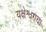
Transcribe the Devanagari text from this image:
यक्षेश्वराचा